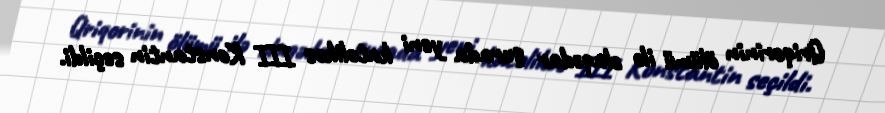
Qriqorinin ölümü ilə əlaqədar şurada yeni katolikos III Konstantin seçildi.